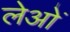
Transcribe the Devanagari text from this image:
लेओं